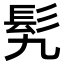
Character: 𩫴